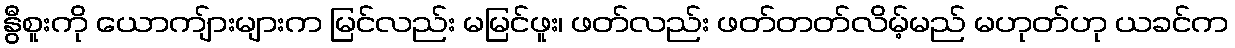
နွီစူးကို ယောကျ်ားများက မြင်လည်း မမြင်ဖူး၊ ဖတ်လည်း ဖတ်တတ်လိမ့်မည် မဟုတ်ဟု ယခင်က